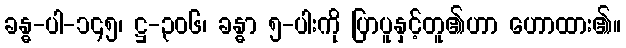
ခန္ဓ-ပါ-၁၄၅၊ ဋ္ဌ-၃၀၆၊ ခန္ဓာ ၅-ပါးကို ပြာပူနှင့်တူ၏ဟာ ဟောထား၏။